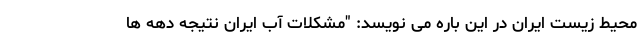
محیط زیست ایران در این باره می نویسد: "مشکلات آب ایران نتیجه دهه ها